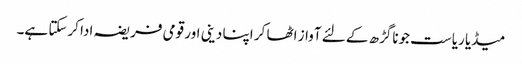
میڈیا ریاست جوناگڑھ کے لئے آواز اٹھا کر اپنا دینی اور قومی فریضہ ادا کرسکتا ہے۔